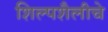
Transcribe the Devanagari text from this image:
शिल्पशैलीचे